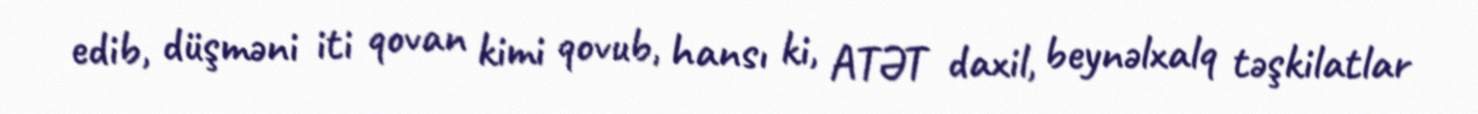
edib, düşməni iti qovan kimi qovub, hansı ki, ATƏT daxil, beynəlxalq təşkilatlar